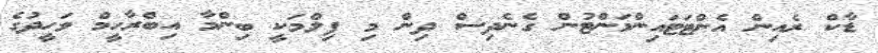
ޑާކް ރެއިން އެންޓަޓައިންމަންޓުން ގެނެދިސް ދިން މި ފިލްމަކީ ބިންމާ އިބްރާހީމް ވަހީދުގެ